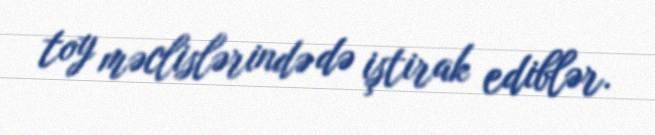
toy məclislərində də iştirak ediblər.